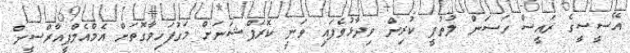
އޭސީސީގެ ރައީސް ހަސަން ލުތުފީ ކުރިން ވިދާޅުވެފައި ވަނީ ކޮރަޕްޝަނަށް މަގުފަހިވާގޮތަށް އެމްއެމްޕީއާރްސީން